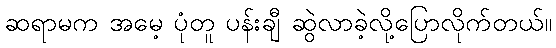
ဆရာမက အမေ့ ပုံတူ ပန်းချီ ဆွဲလာခဲ့လို့ပြောလိုက်တယ်။